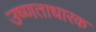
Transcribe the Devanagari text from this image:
उष्णताधारक